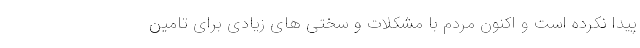
پیدا نکرده است و اکنون مردم با مشکلات و سختی های زیادی برای تامین